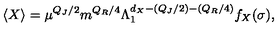
\langle X \rangle = \mu ^ { Q _ { J } / 2 } m ^ { Q _ { R } / 4 } \Lambda _ { 1 } ^ { d _ { X } - ( Q _ { J } / 2 ) - ( Q _ { R } / 4 ) } f _ { X } ( \sigma ) ,